DOW-UAP-D62, Mission Report, Strait of Hormuz, September 2020
Agency: Department of War
Incident date: 9/16/20
Incident location: Strait of Hormuz
Page 4
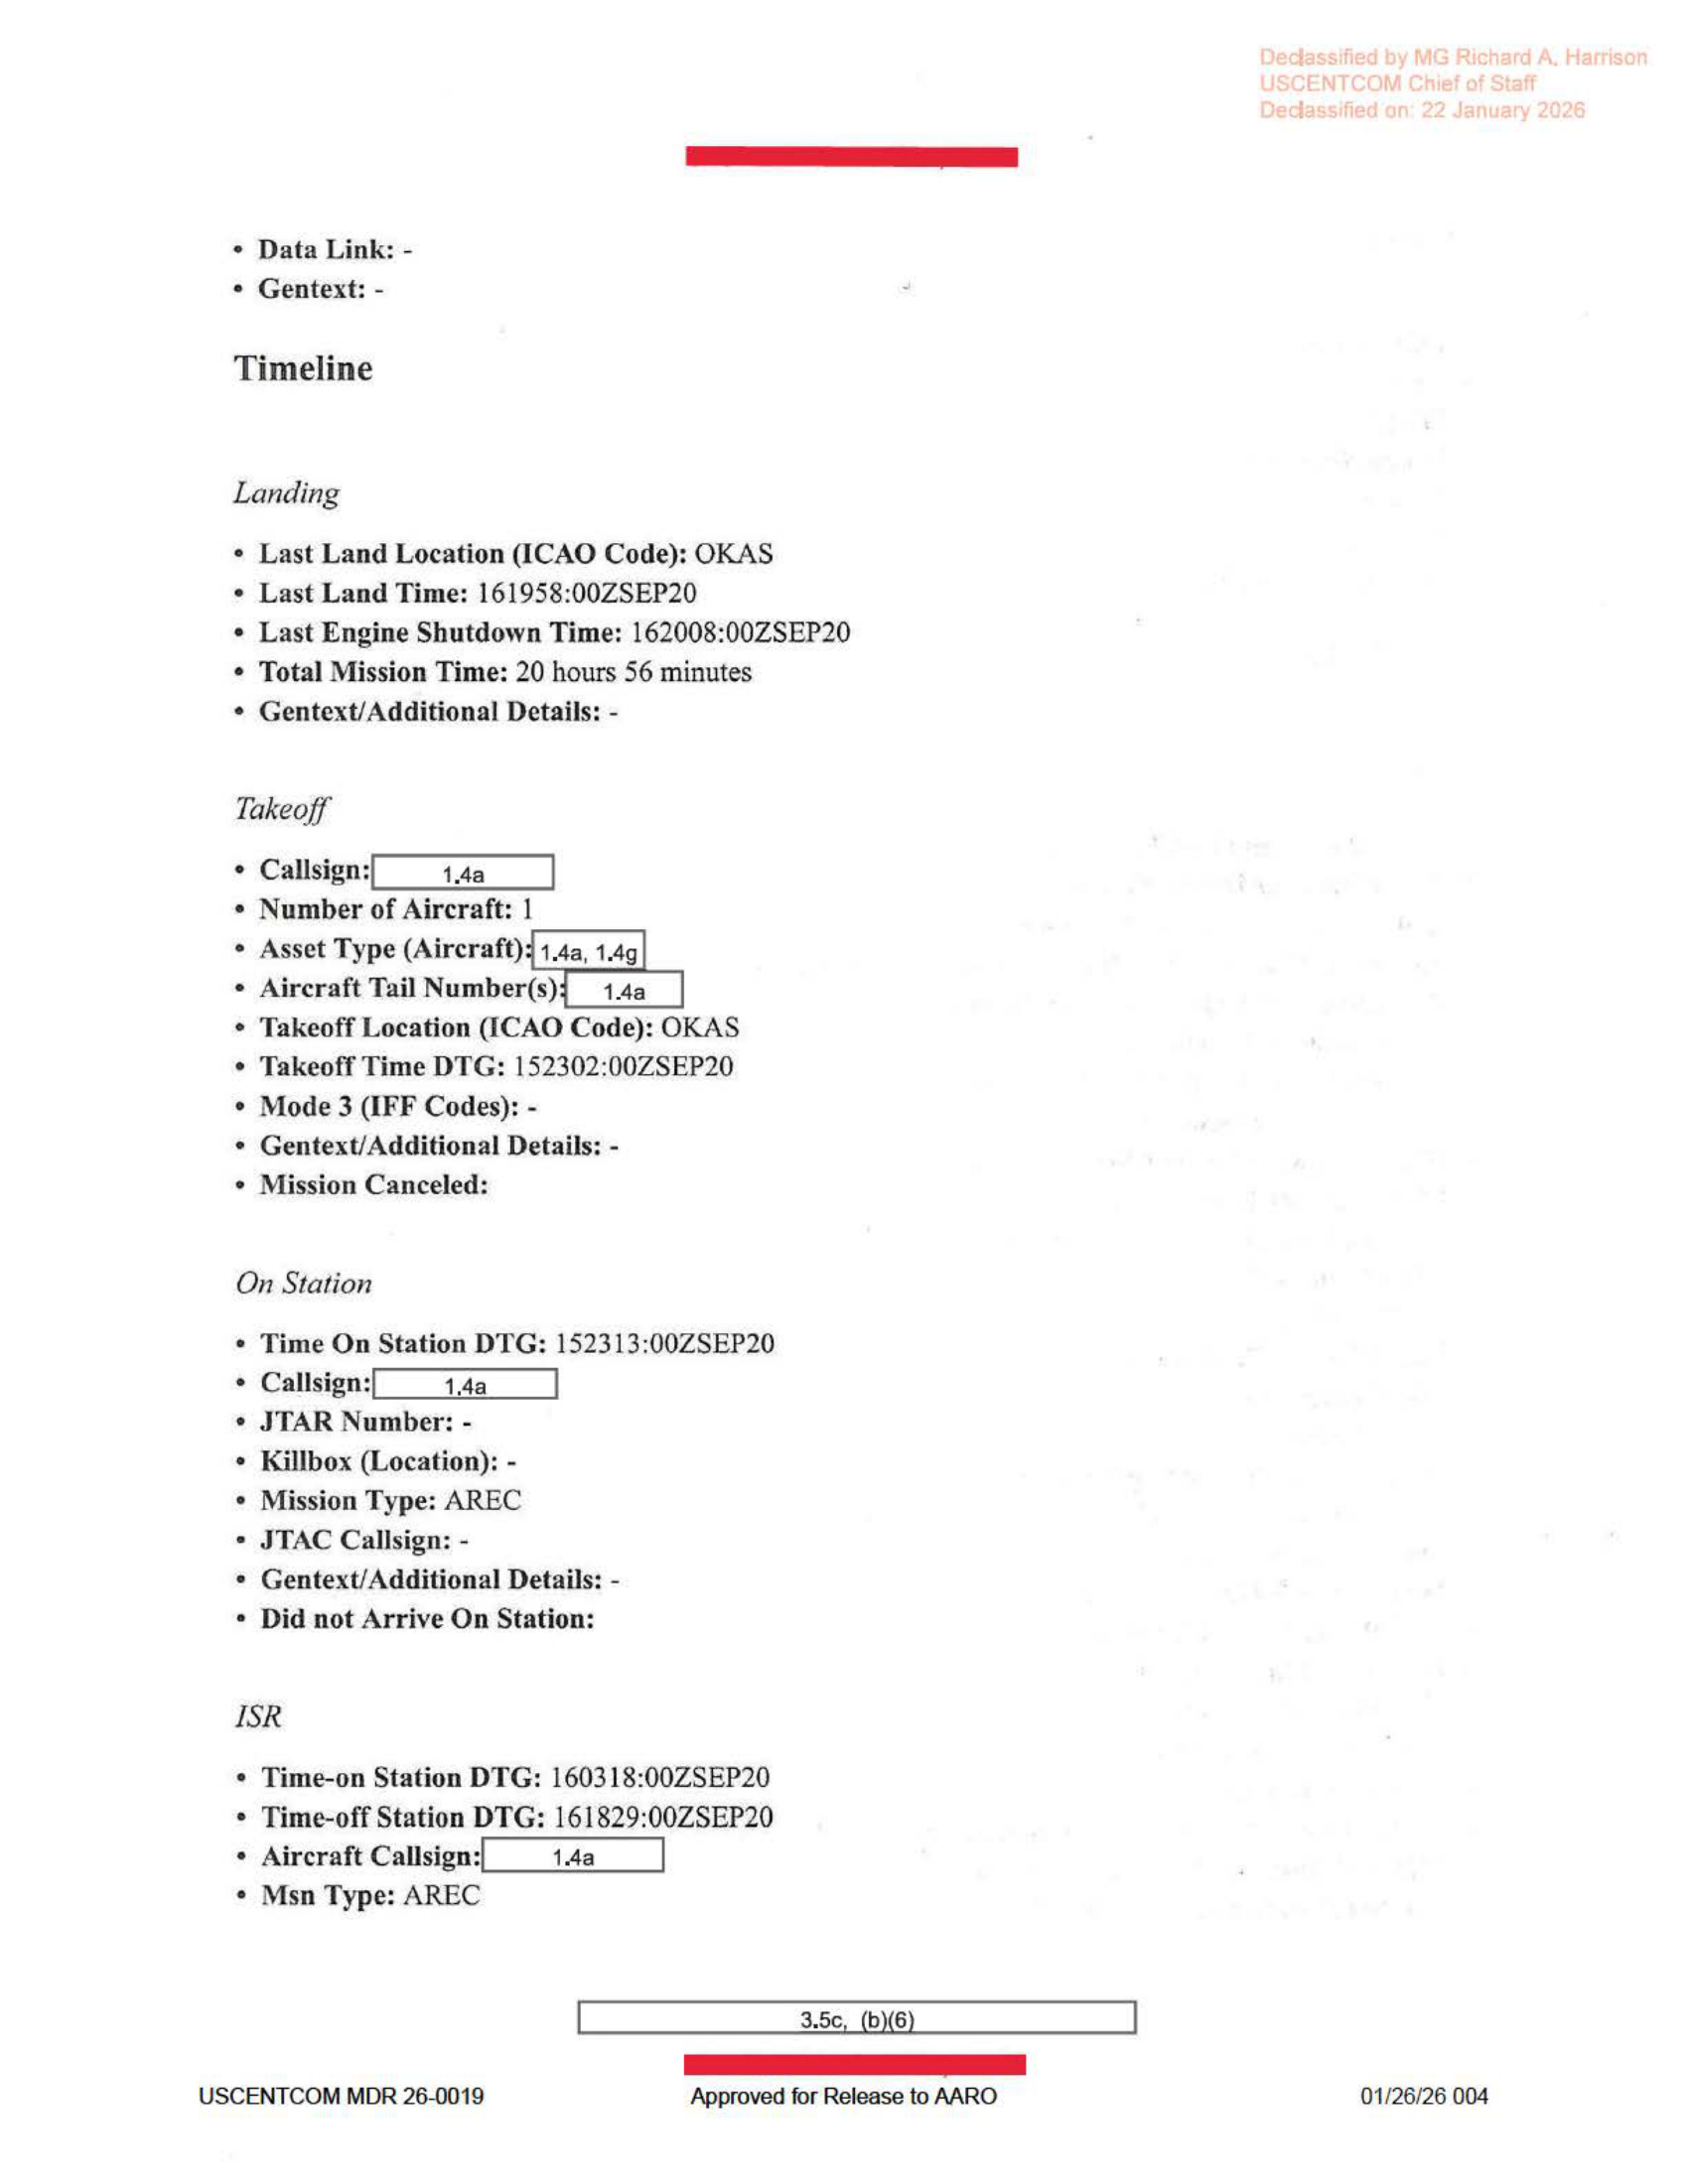